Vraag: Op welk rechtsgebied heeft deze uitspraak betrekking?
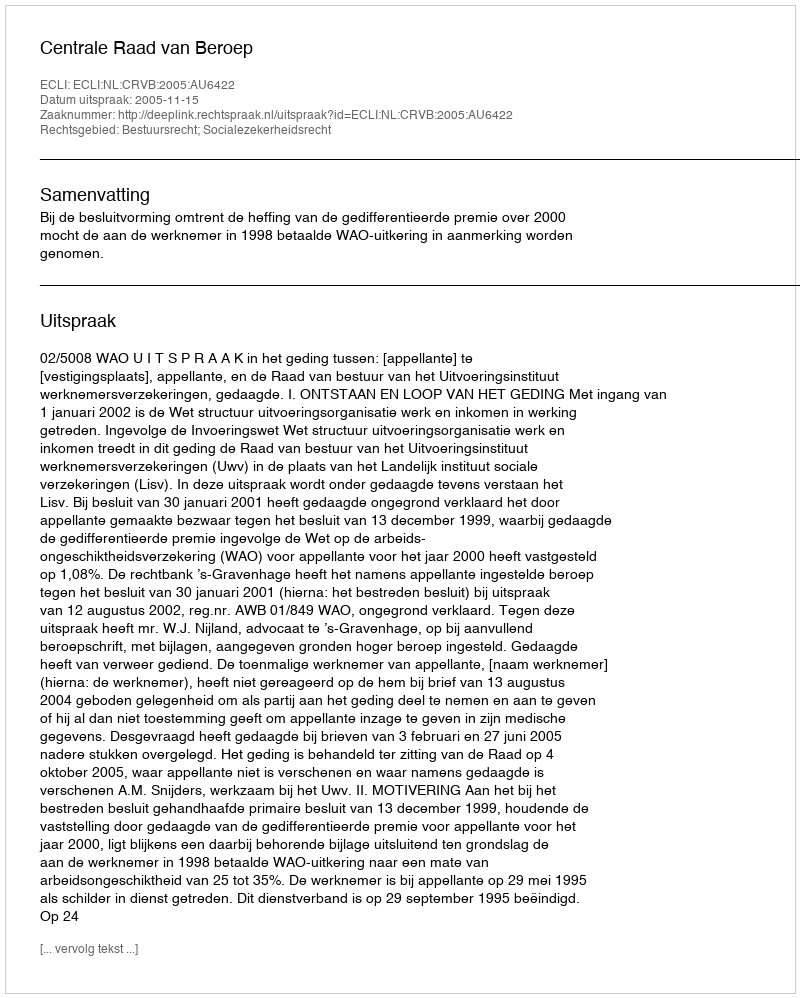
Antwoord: Bestuursrecht; Socialezekerheidsrecht